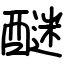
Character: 醚